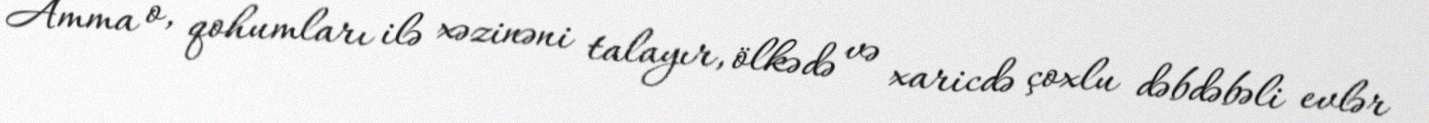
Amma o, qohumları ilə xəzinəni talayır, ölkədə və xaricdə çoxlu dəbdəbəli evlər